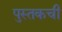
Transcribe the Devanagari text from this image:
पुस्तकची